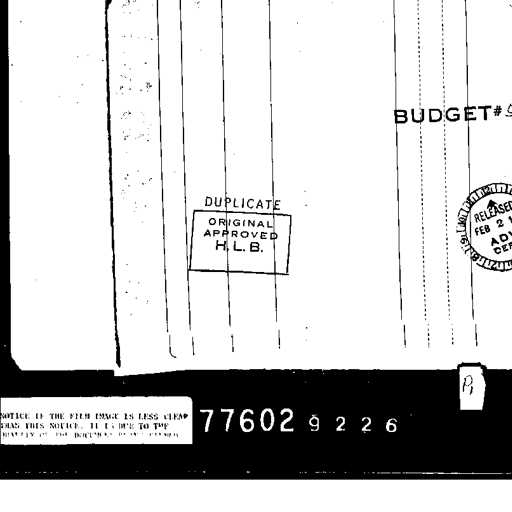
BUDGET #
DUPLICATE
ORIGINAL
APPROVED
H. L. B.
RELEASED
FEB 2
AD
DE
NOTICE IF THE FILM IMAGE IS LESS CLEAR
THAN THIS NOTICE, IT IS DUE TO THE
QUALITY OF THE DOCUMENT BEING FILMED.
77602 9 2 2 6
R